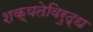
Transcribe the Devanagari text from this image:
शक्यतेविरुद्ध